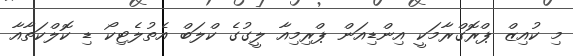
މި ކުއިޒް ޕްރޮގްރާމަކީ އިންޑިއަން ޕްރިމިއާ ލީގުގެ ކްލަބް އެތުލެޓިކޯ ޑި ކޮލްކަތާއާ